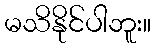
မသိနိုင်ပါဘူး။